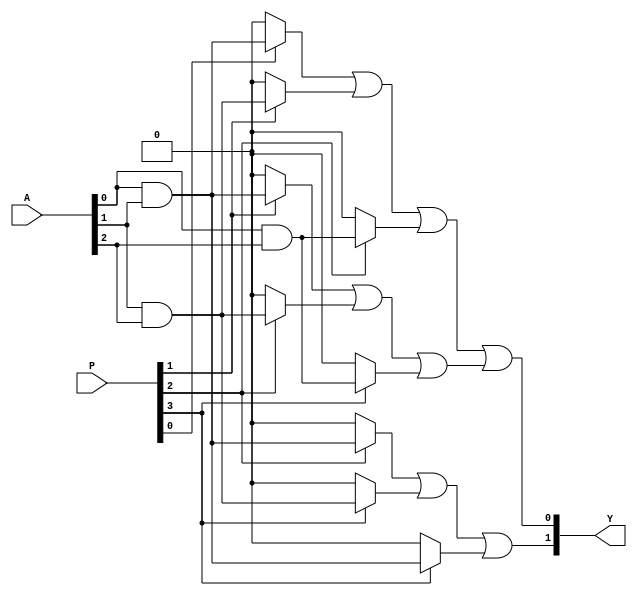
module SPAL (
    input wire [N-1:0] A,  // Inputs (A, B, C, etc.)
    input wire [M-1:0] P,  // Programming inputs to configure AND gates
    output wire [O-1:0] Y  // Outputs
);

// Parameters
parameter N = 3; // Number of inputs
parameter M = 4; // Number of programmable connections
parameter O = 2; // Number of outputs
parameter AND_GATES = 4; // Number of AND gates

// Internal wires for AND gate outputs
wire [AND_GATES-1:0] and_out;

// AND gate array
genvar i;
generate
    for (i = 0; i < AND_GATES; i = i + 1) begin : and_array
        // Each AND gate can be programmed based on the programming input
        assign and_out[i] = (P[i] ? (A[0] & A[1]) : 1'b0) | 
                            (P[i+1] ? (A[1] & A[2]) : 1'b0) | 
                            (P[i+2] ? (A[0] & A[2]) : 1'b0);
    end
endgenerate

// OR gate array (fixed)
assign Y[0] = and_out[0] | and_out[1]; // Output 1
assign Y[1] = and_out[2] | and_out[3]; // Output 2

endmodule